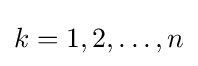
{\textstyle k=1,2,\dots ,n}